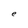
Character: e